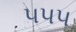
૫૫૫